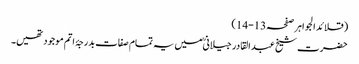
(قلائد الجواہر صفحہ13-14)
حضرت شیخ عبد القادر جیلانیؒ میں یہ تمام صفات بدرجۂ اتم موجود تھیں۔